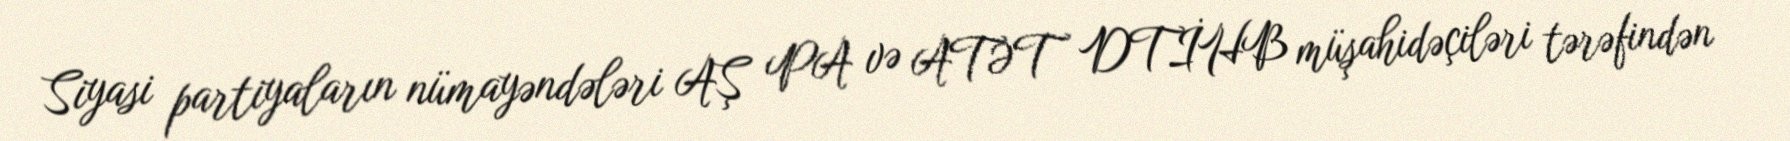
Siyasi partiyaların nümayəndələri AŞ PA və ATƏT DTİHB müşahidəçiləri tərəfindən